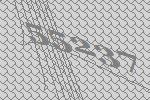
55237